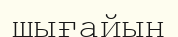
шығайын